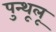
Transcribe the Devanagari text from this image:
पुन्थूलू